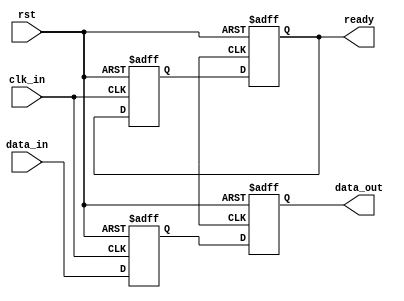
module synchronizer (
    input wire clk_in,
    input wire rst,
    input wire data_in,
    
    output wire data_out,
    output wire ready
);

reg data_sync;
reg ready_sync;

always @ (posedge clk_in or negedge rst) begin
    if (!rst) begin
        data_sync <= 1'b0;
        ready_sync <= 1'b0;
    end else begin
        data_sync <= data_in;
        ready_sync <= ready;
    end
end

always @ (posedge clk_out or negedge rst) begin
    if (!rst) begin
        data_out <= 1'b0;
        ready <= 1'b0;
    end else begin
        data_out <= data_sync;
        ready <= ready_sync;
    end
end

endmodule